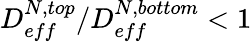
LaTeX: {D_{eff}^{N,top}}/{D_{eff}^{N,bottom}}<1